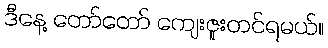
ဒီနေ့ တော်တော် ကျေးဇူးတင်ရမယ်။